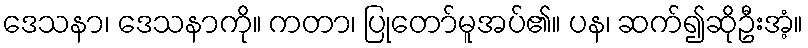
ဒေသနာ၊ ဒေသနာကို။ ကတာ၊ ပြုတော်မူအပ်၏။ ပန၊ ဆက်၍ဆိုဦးအံ့။